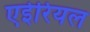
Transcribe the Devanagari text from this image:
एईरियल